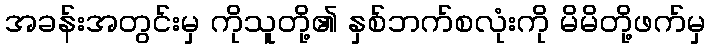
အခန်းအတွင်းမှ ကိုသူတို့၏ နှစ်ဘက်စလုံးကို မိမိတို့ဖက်မှ